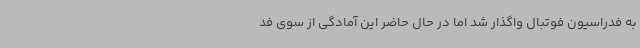
به فدراسیون فوتبال واگذار شد اما در حال حاضر این آمادگی از سوی فد